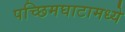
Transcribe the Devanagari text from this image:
पच्छिमघाटामध्ये